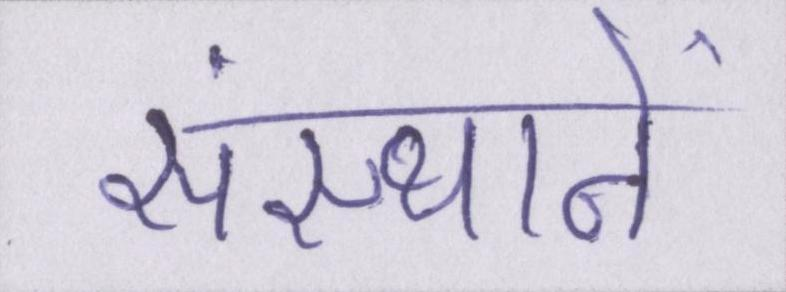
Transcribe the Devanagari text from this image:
संस्थानें